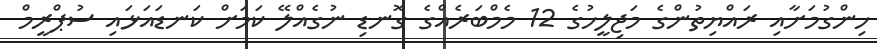
ހިންގުމަށާއި ރައްޔިތުންގެ މަޖިލީހުގެ 12 މެމްބަރެއްގެ ގޮނޑި ނުގެއްލޭ ކަމަށް ކަނޑައަޅައި ސުޕްރީމް